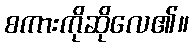
စကားကိုဆိုလေ၏။